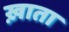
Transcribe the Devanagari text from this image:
ख़ाता